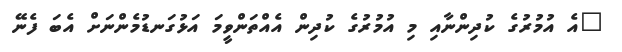
"އެ އުމުރުގެ ކުދިންނާއި މި އުމުރުގެ ކުދިން އެއްތަންވީމަ އަޅުގަނޑުމެންނަށް އެބަ ފެނޭ